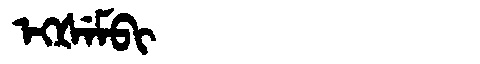
Manchu: ᡝᡴᡧᡝᠮᠪᡳ
Romanization: EKŠEMBI